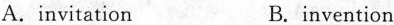
A.invitation B.invention